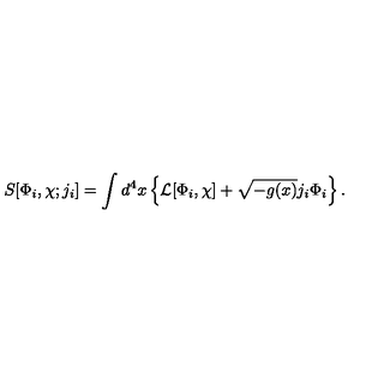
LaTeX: S [ \Phi _ { i } , \chi ; j _ { i } ] = \int d ^ { 4 } x \left\{ { \cal L } [ \Phi _ { i } , \chi ] + \sqrt { - g ( x ) } j _ { i } \Phi _ { i } \right\} .